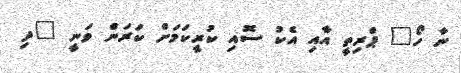
ނާ ހޯ" ޕްރިތީ އާއި އެކު ސޮއި ކުރީކަމަށް ކަރަން ވަނީ "ދި